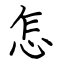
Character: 怎